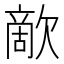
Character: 歒